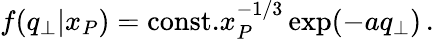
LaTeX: f(q_{\bot}|x_{P})=\mathrm{const.}x_{P}^{-1/3}\exp(-aq_{\bot})\mathrm{\, .}